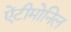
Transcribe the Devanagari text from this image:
ऐंटीमोनिल